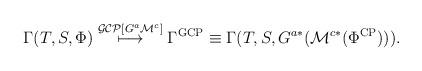
LaTeX: \begin{align*}\Gamma(T,S,\Phi)\stackrel{\mathcal{GCP}[G^{a}\mathcal{M}^c]}{\longmapsto} \Gamma^{\rm GCP} \equiv \Gamma(T,S,G^{a*}(\mathcal{M}^{c*}(\Phi^{\rm CP}))).\end{align*}